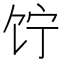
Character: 𬲲